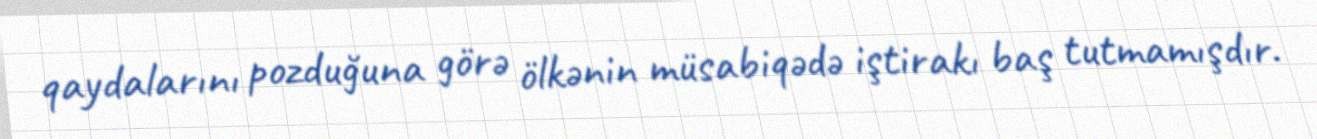
qaydalarını pozduğuna görə ölkənin müsabiqədə iştirakı baş tutmamışdır.